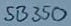
Text: SB350